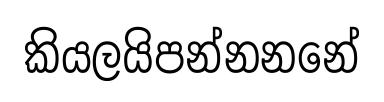
කියලයිපන්නනනේ